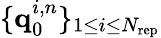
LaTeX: \lbrace\textbf{q}_{0}^{i,n}\rbrace_{1\leq i\leq N_{\mathrm{rep}}}